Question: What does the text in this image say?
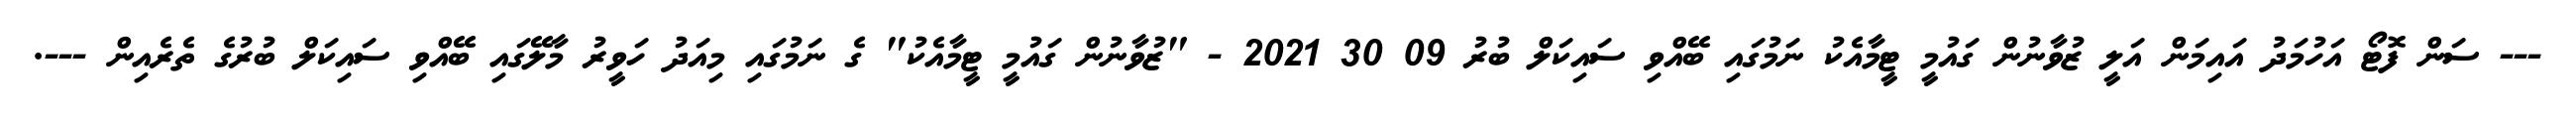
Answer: --- ސަން ފޮޓޯ އަހުމަދު އައިމަން އަލީ ޒުވާނުން ގައުމީ ޓީމާއެކު ނަމުގައި ބޭއްވި ސައިކަލް ބުރު 09 30 2021 - "ޒުވާނުން ގައުމީ ޓީމާއެކު" ގެ ނަމުގައި މިއަދު ހަވީރު މާލޭގައި ބޭއްވި ސައިކަލް ބުރުގެ ތެރެއިން ---.